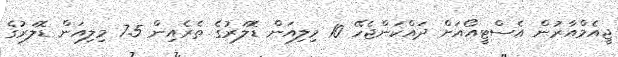
ޖީއެމްއާރުން އެސްޓީއޯއަށް ދައްކަންޖެހޭ 10 މިލިއަން ޑޮލަރުގެ ތެރެއިން 7.5 މިލިއަން ޑޮލަރުގެ